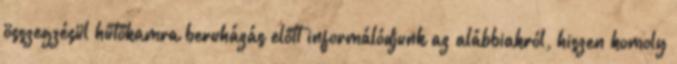
összegzésül hűtőkamra beruházás előtt informálódjunk az alábbiakról, hiszen komoly